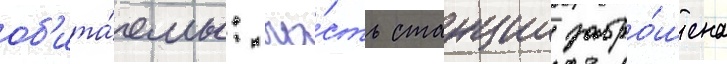
об'ита́емы: ча́сть станции забро́шена